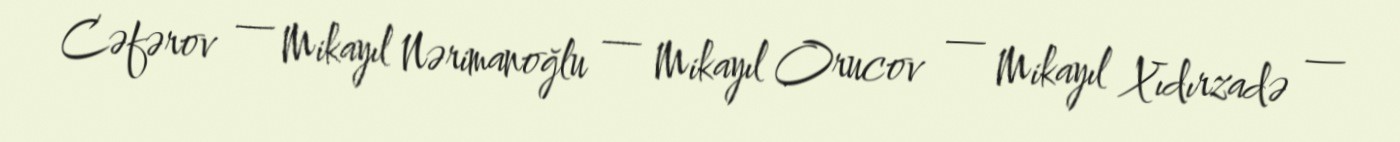
Cəfərov — Mikayıl Nərimanoğlu — Mikayıl Orucov — Mikayıl Xıdırzadə —